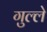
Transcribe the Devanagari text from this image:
गुल्ले